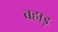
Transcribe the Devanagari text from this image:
बहाड़